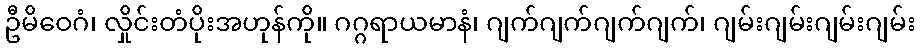
ဦမိဝေဂံ၊ လှိုင်းတံပိုးအဟုန်ကို။ ဂဂ္ဂရာယမာနံ၊ ဂျက်ဂျက်ဂျက်ဂျက်၊ ဂျမ်းဂျမ်းဂျမ်းဂျမ်း